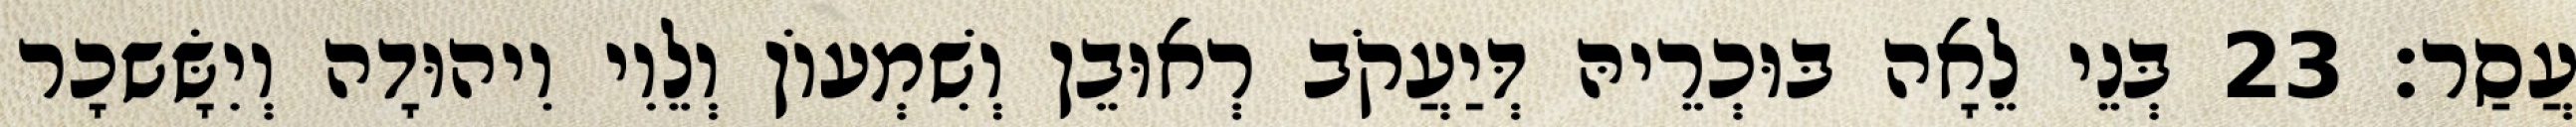
עֲסַר׃ 23 בְּנֵי לֵאָה בּוּכְרֵיהּ דְּיַעֲקֹב רְאוּבֵן וְשִׁמְעוֹן וְלֵוִי וִיהוּדָה וְיִשָּׂשכָר